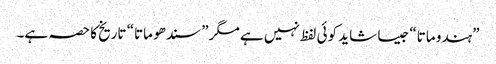
”ہندو ماتا“ جیسا شاید کوئی لفظ نہیں ہے مگر ”سندھو ماتا“ تاریخ کا حصہ ہے۔